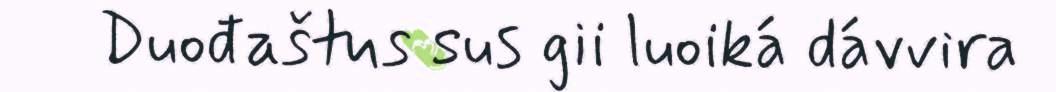
Duođaštus sus gii luoiká dávvira